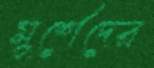
মুর্শেদের